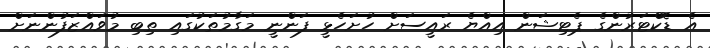
އެ ޑޮކްޓަރުންގެ ޕެޓިޝަން އިއްޔެ ރައީސަށް ހުށަހެޅީ ފަންނީ މަގާމުތަކުގައި ތިބި މުވައްޒަފުންނަށް